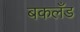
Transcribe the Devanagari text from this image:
बकलँड